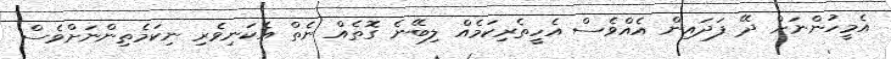
އެމީހުންނަށް ދޭ ފަދައިން އެއްވެސް އެހީތެރިކަމެއް ލިބޭނެ ގޮތެއް ނެތް އެކަނިވެރި ނިކަމެތިންނަށްވެސް